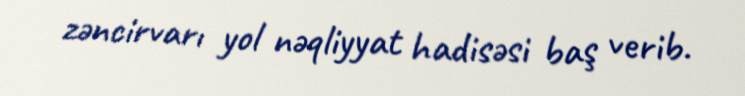
zəncirvarı yol nəqliyyat hadisəsi baş verib.